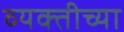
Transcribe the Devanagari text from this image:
व्‍यक्‍तीच्‍या